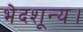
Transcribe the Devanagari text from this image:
भेदशून्य।